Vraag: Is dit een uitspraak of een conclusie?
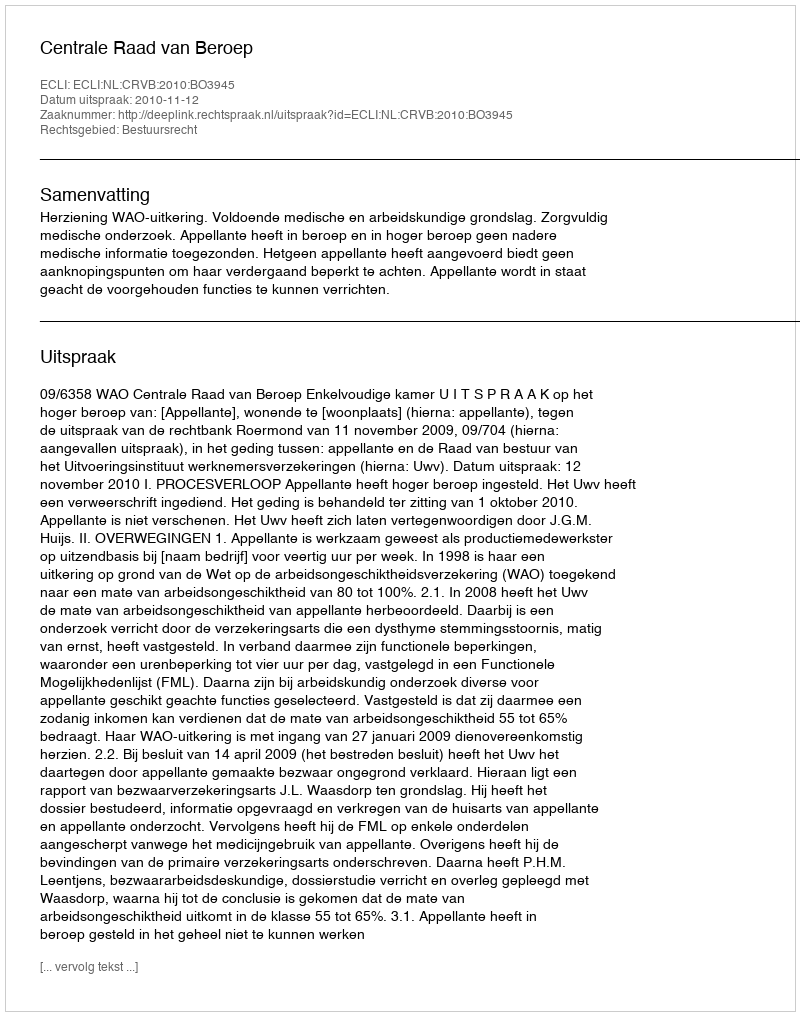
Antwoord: Uitspraak